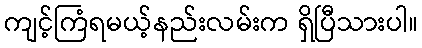
ကျင့်ကြံရမယ့်နည်းလမ်းက ရှိပြီသားပါ။